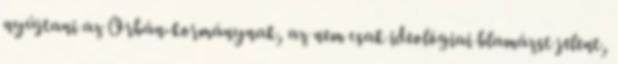
nyújtani az Orbán-kormánynak, az nem csak ideológiai blamázst jelent,